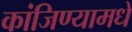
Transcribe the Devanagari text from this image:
कांजिण्यामधे